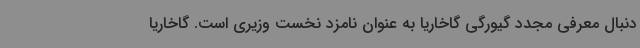
دنبال معرفی مجدد گیورگی گاخاریا به عنوان نامزد نخست وزیری است. گاخاریا